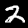
Label: 2